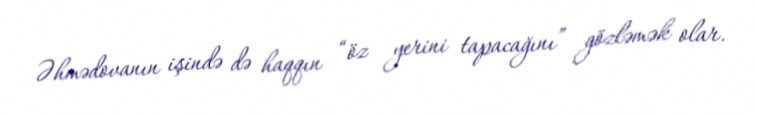
Əhmədovanın işində də haqqın “öz yerini tapacağını” gözləmək olar.